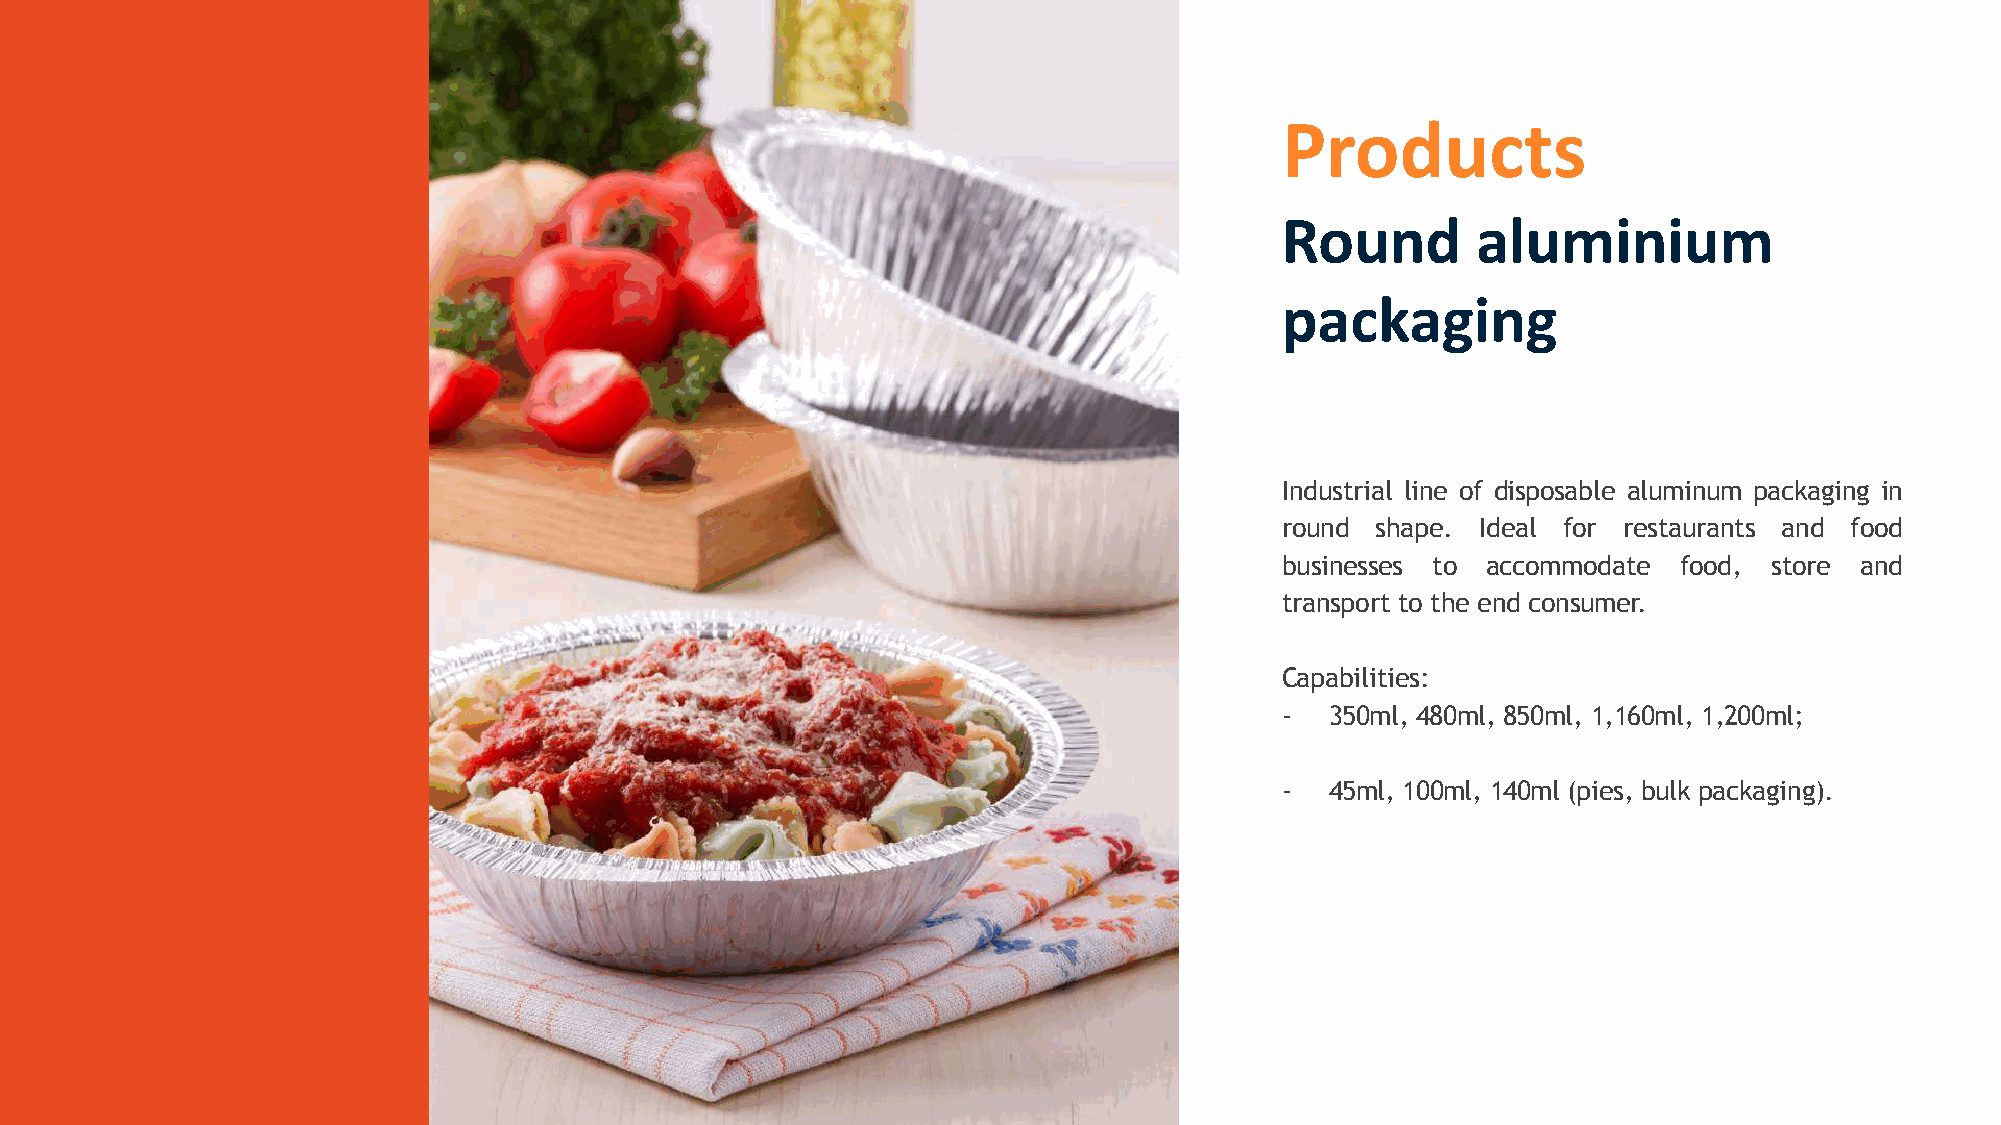
Products
 Round        aluminium
 packaging
 Industrial line of disposable aluminum packaging in
 round shape. Ideal for restaurants and food
 businesses to accommodate food, store and
 transport to the end consumer.
 Capabilities:
 -  350ml, 480ml, 850ml, 1,160ml, 1,200ml;
 -  45ml, 100ml, 140ml (pies, bulk packaging).